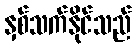
နှစ်သက်နိုင်သည်